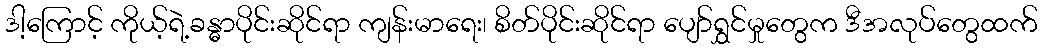
ဒါ့ကြောင့် ကိုယ့်ရဲ့ခန္ဓာပိုင်းဆိုင်ရာ ကျန်းမာရေး၊ စိတ်ပိုင်းဆိုင်ရာ ပျော်ရွှင်မှုတွေက ဒီအလုပ်တွေထက်